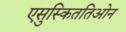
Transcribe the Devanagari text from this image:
एसुस्किततिओन